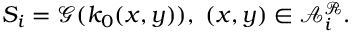
S _ { i } = \mathcal { G } ( k _ { 0 } ( x , y ) ) , ~ ( x , y ) \in \mathcal { A } _ { i } ^ { \mathcal { R } } .